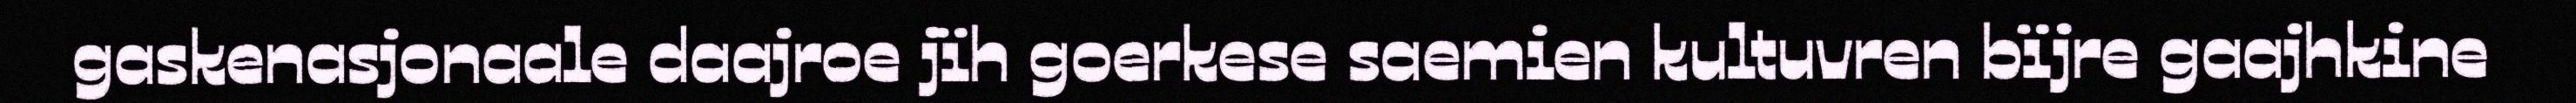
gaskenasjonaale daajroe jïh goerkese saemien kultuvren bïjre gaajhkine